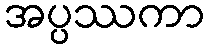
အပ္ပဿကာ